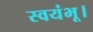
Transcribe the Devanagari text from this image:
स्वयंभू।